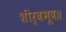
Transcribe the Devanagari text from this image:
शीर्बभूव॥